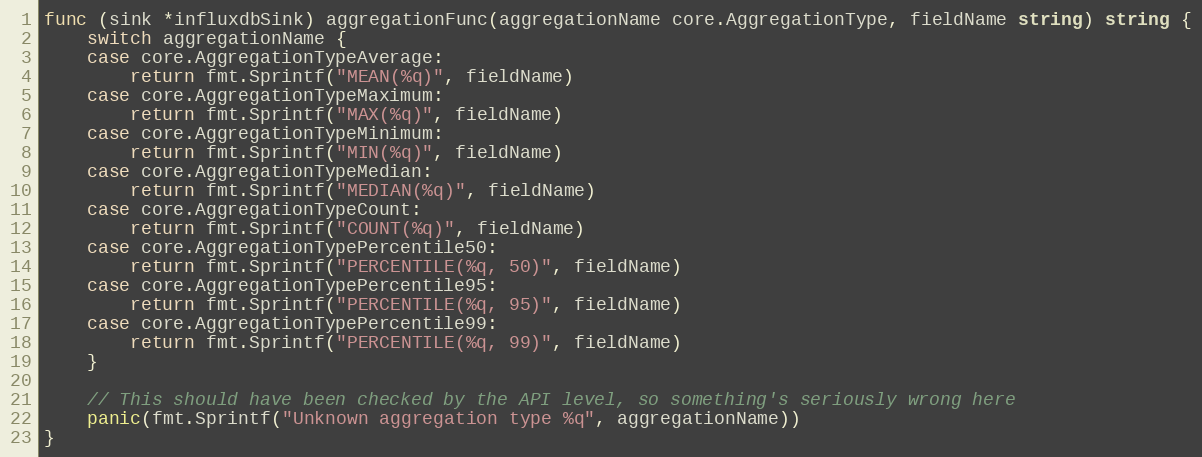
Language: Go
func (sink *influxdbSink) aggregationFunc(aggregationName core.AggregationType, fieldName string) string {
	switch aggregationName {
	case core.AggregationTypeAverage:
		return fmt.Sprintf("MEAN(%q)", fieldName)
	case core.AggregationTypeMaximum:
		return fmt.Sprintf("MAX(%q)", fieldName)
	case core.AggregationTypeMinimum:
		return fmt.Sprintf("MIN(%q)", fieldName)
	case core.AggregationTypeMedian:
		return fmt.Sprintf("MEDIAN(%q)", fieldName)
	case core.AggregationTypeCount:
		return fmt.Sprintf("COUNT(%q)", fieldName)
	case core.AggregationTypePercentile50:
		return fmt.Sprintf("PERCENTILE(%q, 50)", fieldName)
	case core.AggregationTypePercentile95:
		return fmt.Sprintf("PERCENTILE(%q, 95)", fieldName)
	case core.AggregationTypePercentile99:
		return fmt.Sprintf("PERCENTILE(%q, 99)", fieldName)
	}

	// This should have been checked by the API level, so something's seriously wrong here
	panic(fmt.Sprintf("Unknown aggregation type %q", aggregationName))
}